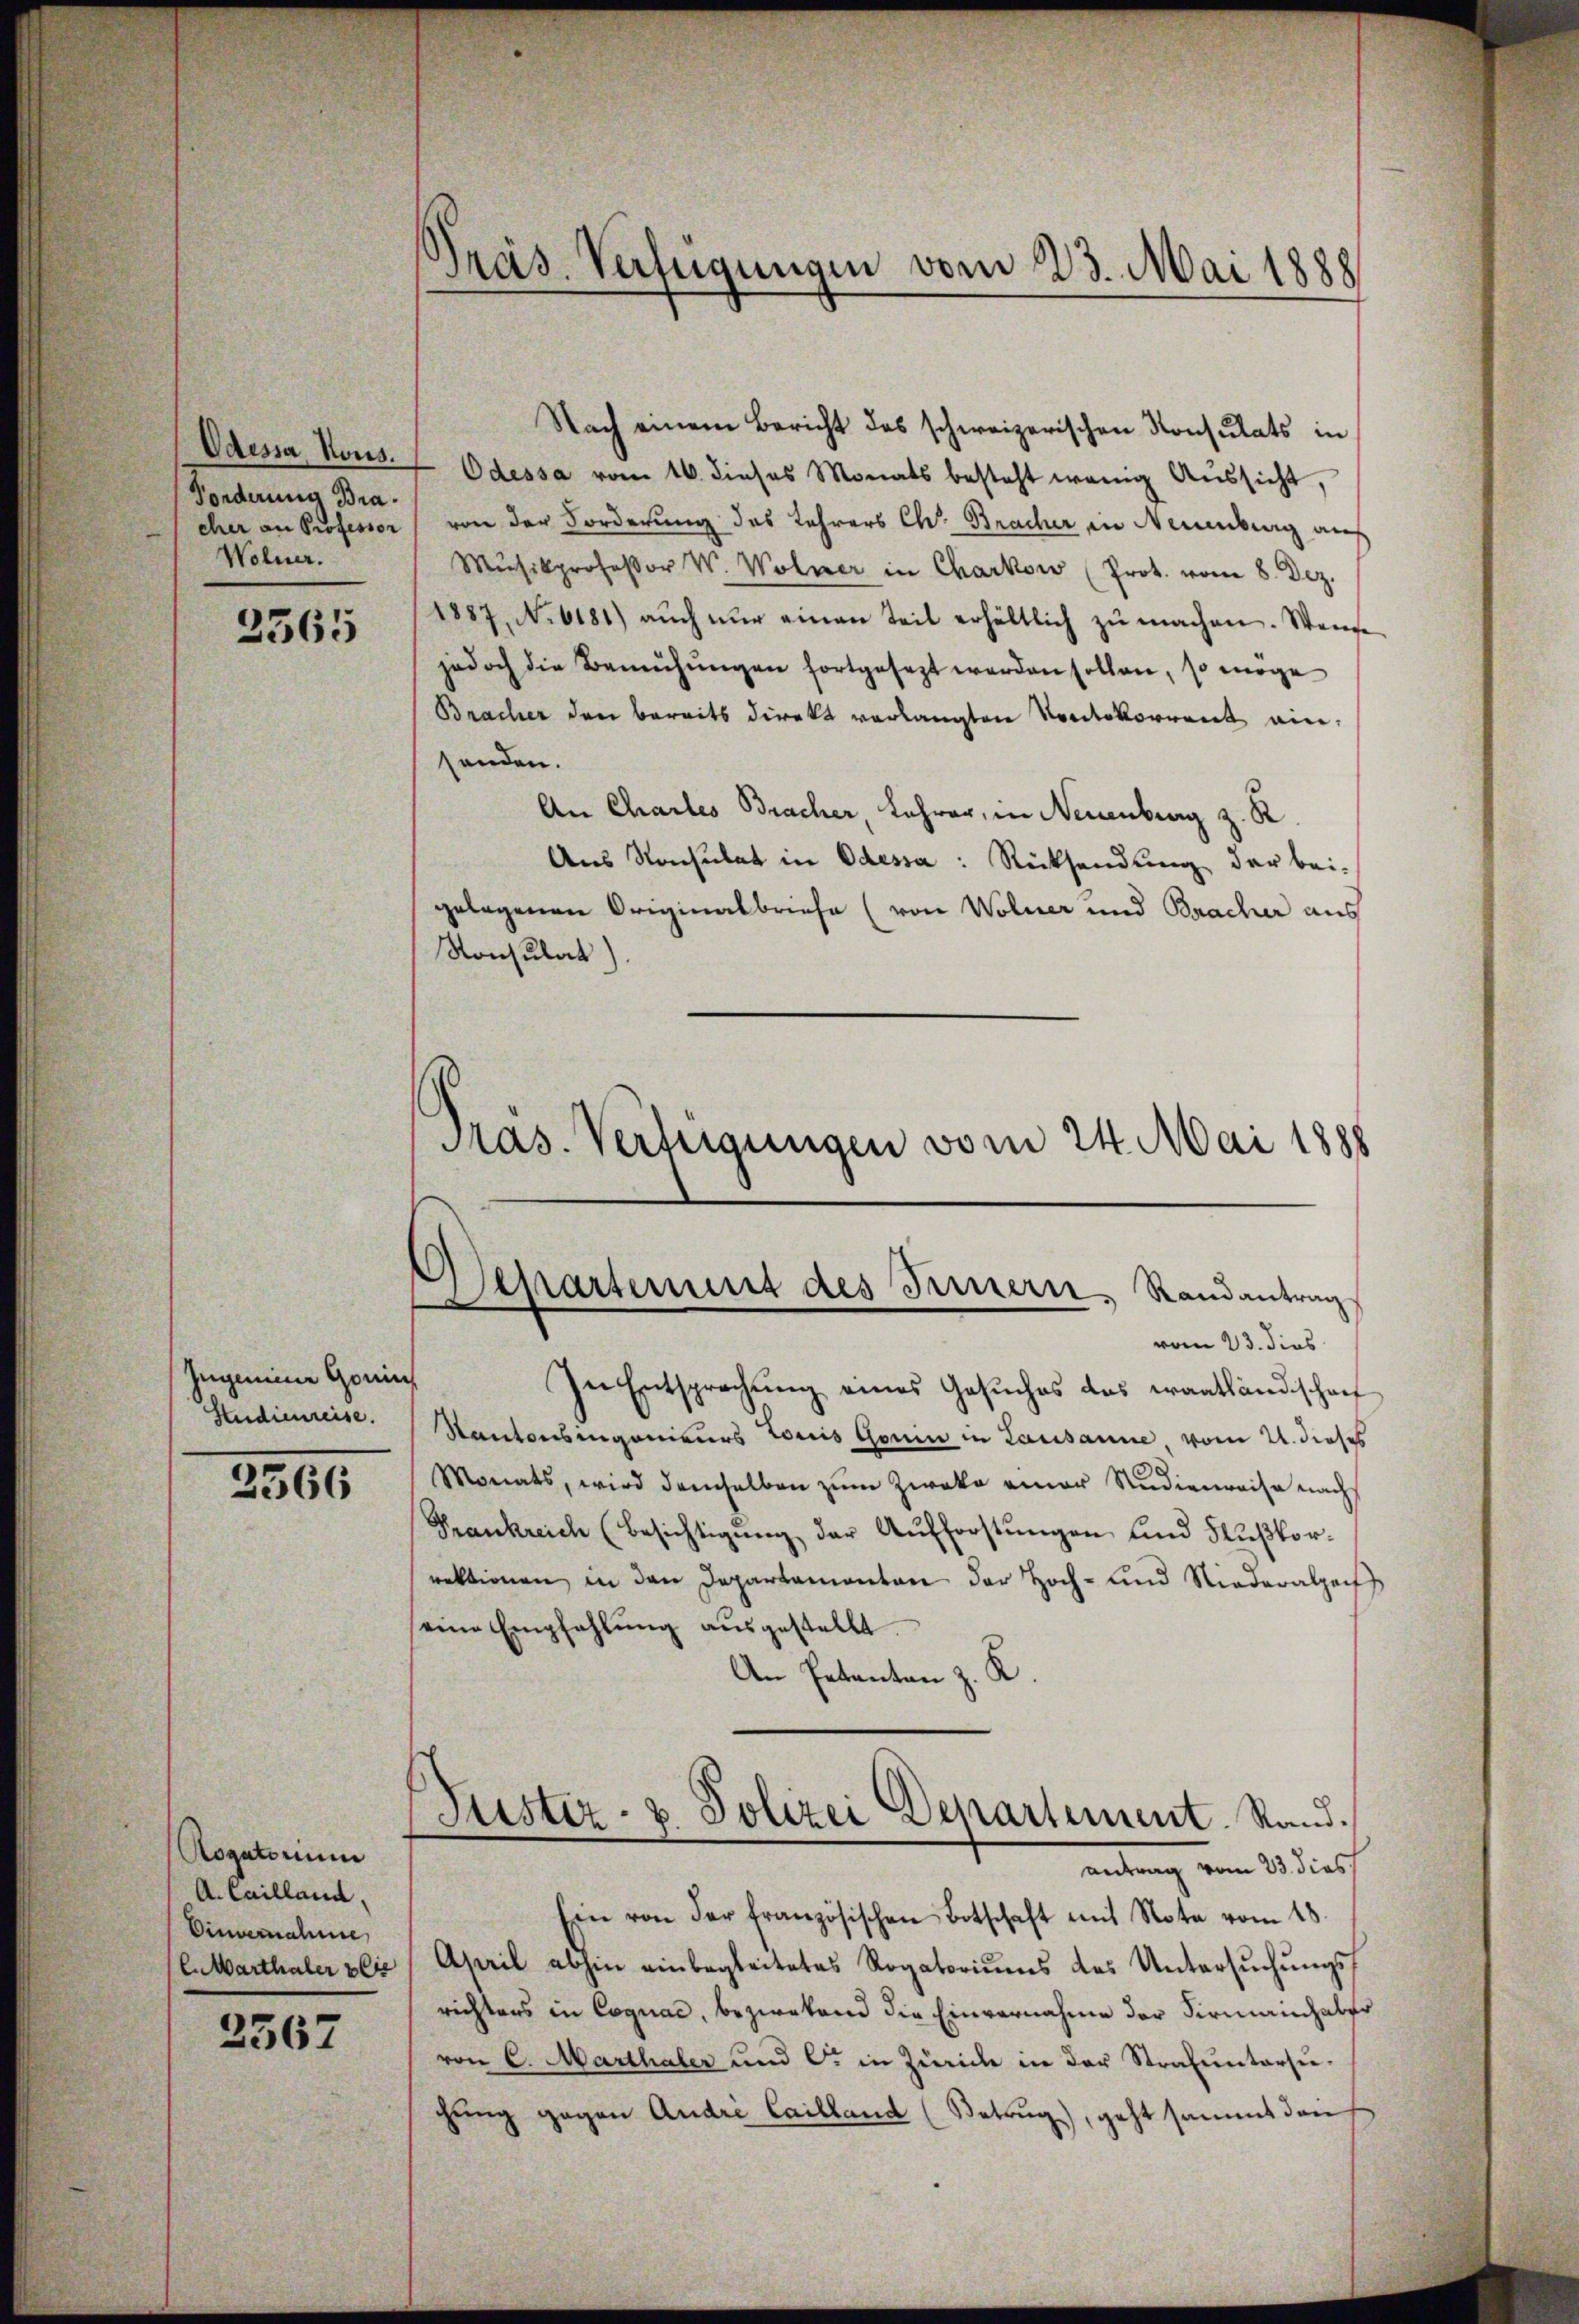
Odessa, Kons.
Fonderung Bracher an Professor
Woluer.

2565

Zugmeine Gonin
Studienreise.

2366

Rogatorium
A.Cailland.
Einvernahme,
E.Marthaler vie

2567

Präs. Verfügungen vom 23. Mai 1888

Nach einem Bericht des schweizerischen Konsulats in
Odessa vom 16. dieses Monats besteht wenig Aŭssicht,
von der Forderung des Lehrers Chr. Bracher in Neuenburg auf
Mŭsikprofessor W. Wolner in Charkow (Prot. vom 8. Dez.
1887, No 6181) aŭch nŭr einen Teil erhältlich zŭ machen. Wende
jedoch die Bemühŭngen fortgesezt werden sollen, so möge
Bracher den bereits direkt verlangten Vontokorrent einsenden.
An Chartes Bracher, Lehrer, in Neuenburg z. R.
Aus Konsulat in Odessa: Rücksendung der bei-
gelegenen Originalbriefe (von Wolner und Bracher aus
Konsulat).
Pras. Verteigungen vom 24. Mai 1888

Separtement des Treuern, Randantrag
vom 23. dies

In Entsprechung eines Gesuches das Frantlandschaf
Kantonsingenieurs cris Gonin in Lausanne vom 21. dieses
Monats, wird demselben zŭm Zweke einer Studienweise nach
Frankreich (Besichtigŭng der Aufforstŭngen und Flußkorrektionen in den Departamenten der Hoch- und Niederalpech
eine Empfahlŭng aŭsgestellt.
An Pakanton z. K.
Fister- u. Polizei Departement. Stand.
antrag vom 23. dies
Ein von der französischen Botschaft mit Note vom 18.
April abhin einbegleitetes Rogatoriŭms des Untersŭchŭngs-
richters in Cognac, bezwekend die Einvernahme der Firmanchaler
von C. Marthaler und C. in Zürich in der Strafuntersuchŭng gegen André Cailland (Betrug, geht sammt dan